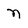
Character: n